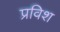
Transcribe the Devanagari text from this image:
प्रविश